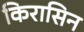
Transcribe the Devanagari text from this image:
किरासिन